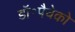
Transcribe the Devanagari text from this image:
डॉ॰पैचेको